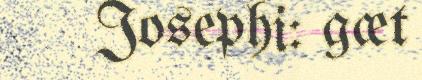
Josephi: gæt